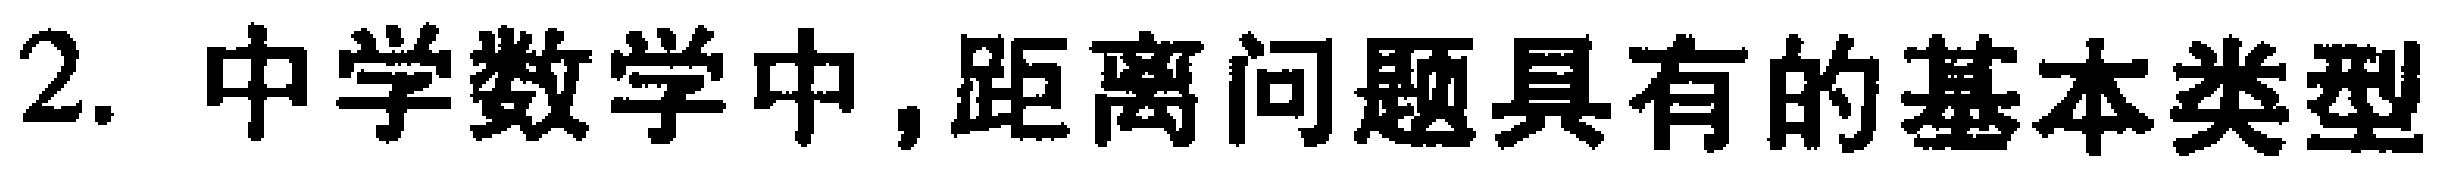
2. 中学数学中, 距离问题具有的基本类型